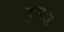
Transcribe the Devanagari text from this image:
जुनरदर